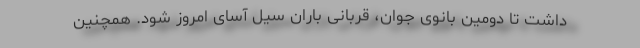
داشت تا دومین بانوی جوان، قربانی باران سیل آسای امروز شود. همچنین